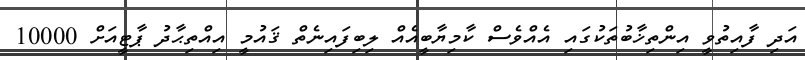
އަދި ފާއިތުވީ އިންތިޚާބުތަކުގައި އެއްވެސް ކާމިޔާބީއެއް ލިބިފައިނެތް ޤައުމީ އިއްތިޙާދު ޕާޓީއަށް 10000